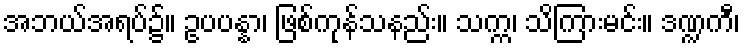
အဘယ်အရပ်၌။ ဥပပန္နာ၊ ဖြစ်ကုန်သနည်း။ သက္က၊ သိကြားမင်း။ ဒဏ္ဍကီ၊